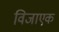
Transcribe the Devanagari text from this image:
विजाएक